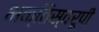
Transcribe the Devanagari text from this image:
भक्तिस्वरूपी